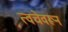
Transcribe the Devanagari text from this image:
त्वचेवरून